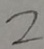
2